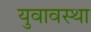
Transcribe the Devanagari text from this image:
युवावस्‍था